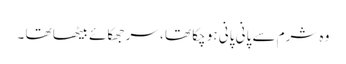
وہ شرم سے پانی پانی ہو چکا تھا ، سر جھکائے بیٹھا تھا ۔